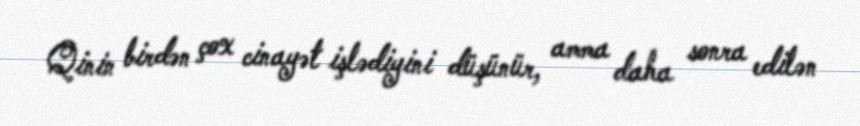
Qinin birdən çox cinayət işlədiyini düşünür, amma daha sonra edilən